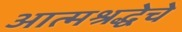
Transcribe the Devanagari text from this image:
आत्मश्रद्धेचे